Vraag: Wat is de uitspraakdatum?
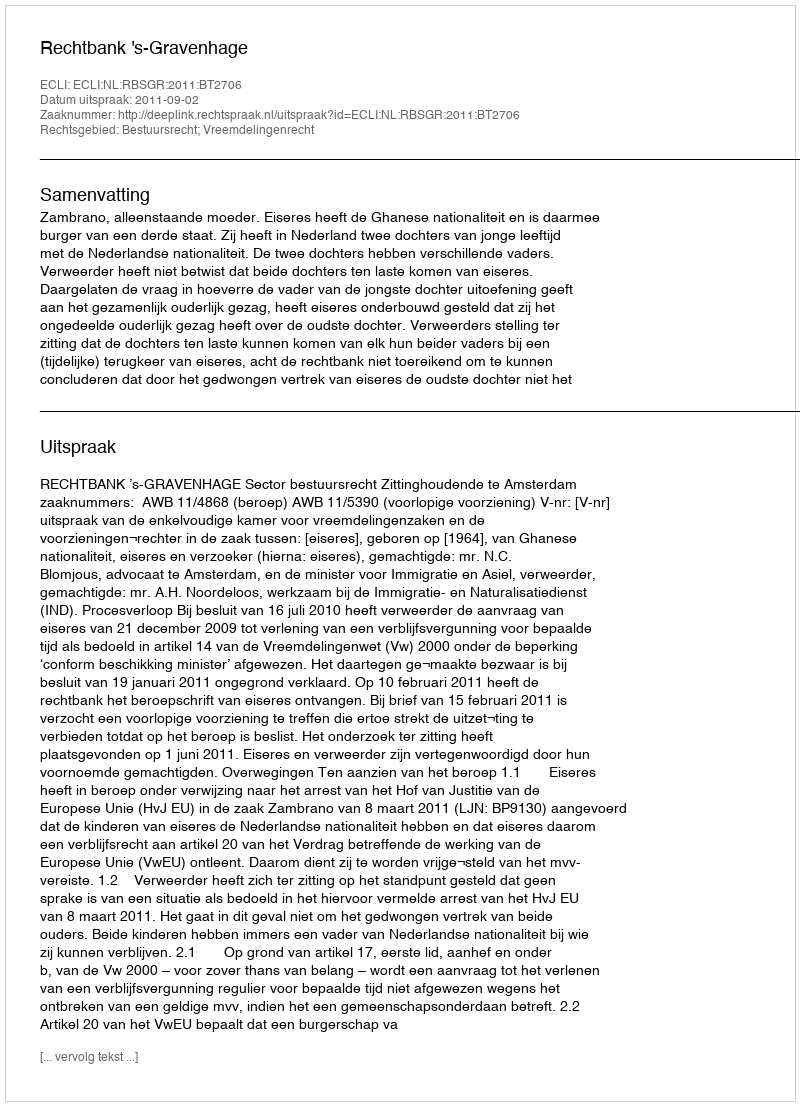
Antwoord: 2011-09-02